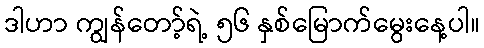
ဒါဟာ ကျွန်တော့်ရဲ့ ၅၆ နှစ်မြောက်မွေးနေ့ပါ။